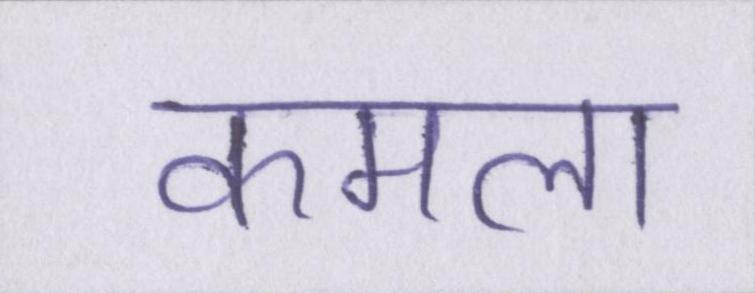
कमला